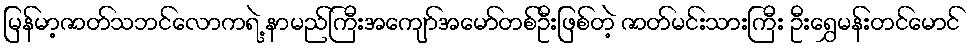
မြန်မာ့ဇာတ်သဘင်လောကရဲ့ နာမည်ကြီးအကျော်အမော်တစ်ဦးဖြစ်တဲ့ ဇာတ်မင်းသားကြီး ဦးရွှေမန်းတင်မောင်